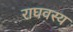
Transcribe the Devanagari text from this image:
राघवस्य